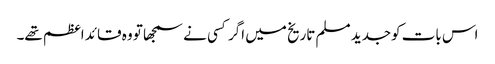
اس بات کوجدید مسلم تاریخ میں اگر کسی نے سمجھا تو وہ قائد اعظم تھے۔